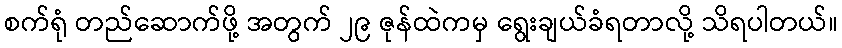
စက်ရုံ တည်ဆောက်ဖို့ အတွက် ၂၉ ဇုန်ထဲကမှ ရွေးချယ်ခံရတာလို့ သိရပါတယ်။